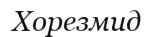
Хорезмид